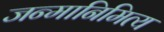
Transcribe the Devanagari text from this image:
जन्मानिमित्य